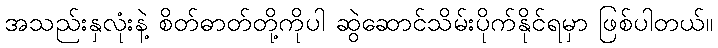
အသည်းနှလုံးနဲ့ စိတ်ဓာတ်တို့ကိုပါ ဆွဲဆောင်သိမ်းပိုက်နိုင်ရမှာ ဖြစ်ပါတယ်။